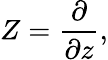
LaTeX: Z={\frac{\partial}{\partial z}},